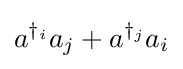
a^{\dagger _{i}}a_{j}+a^{\dagger _{j}}a_{i}